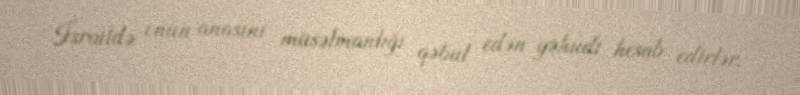
İsraildə onun anasını müsəlmanlığı qəbul edən yəhudi hesab edirlər.